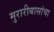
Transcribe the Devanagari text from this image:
मुरारीबासांचा